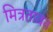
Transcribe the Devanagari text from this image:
मित्रतावत